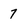
Character: 7